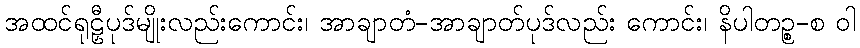
အထင်ရုဠှီပုဒ်မျိုးလည်းကောင်း၊ အာချာတံ-အာချာတ်ပုဒ်လည်း ကောင်း၊ နိပါတဉ္စ-စ ဝါ